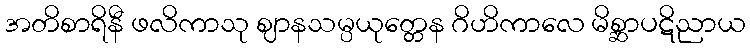
အတိစာရိနီ ဖလိကာသု ဈာနသမ္ပယုတ္တေန ဂိဟိကာလေ မိစ္ဆာပဋိညာယ